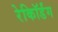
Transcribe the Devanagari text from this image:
रेकॉिर्डंग